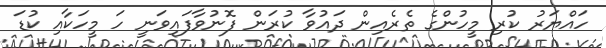
ހައްޔަރު ކުރި މީހުންގެ ތެރެއިން ދައުވާ ކުރަން ފޮނުވާފައިވަނީ ހަ މީހަކާއި ކުޑަ